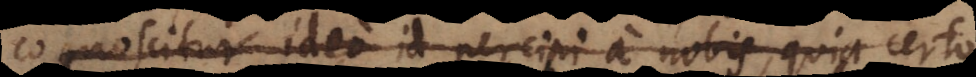
cognoscitur ideo id percipi a nobis, quia certo